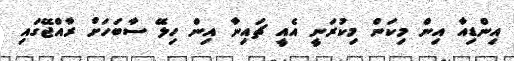
އިންޑިއާ އިން މިކަން މިކުރަނީ އެއީ ޗައިނާ އިން ހިލޭ ސާބަހަށް ރާއްޖޭގައި